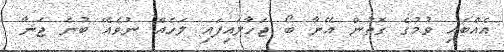
އެއްބައި ވުމުގެ ގޮތުން އޭނާ ބޯ ޖަހާލައިފައި ލަހެއް ނުވެއޭ ބުނެ ޖަނާ